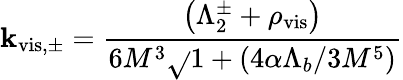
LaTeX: \mathbf{k}_{\mathrm{{vis,\pm}}}={\frac{{\left(\Lambda_{2}^{\pm}+\rho_{\mathrm{{vis}}}\right)}}{{6M^{3}\sqrt{}{{1+({4\alpha\Lambda_{b}}/{3M^{5}})}}}}}